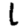
Digit: 1